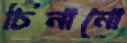
চিনানো